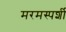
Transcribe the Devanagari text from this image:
मरमस्पर्शी